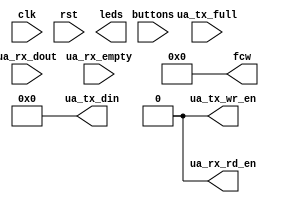
module fixed_length_piano #(
    parameter CYCLES_PER_SECOND = 125_000_000
) (
    input clk,
    input rst,

    input [2:0] buttons,
    output [5:0] leds,

    output [7:0] ua_tx_din,
    output ua_tx_wr_en,
    input ua_tx_full,

    input [7:0] ua_rx_dout,
    input ua_rx_empty,
    output ua_rx_rd_en,

    output [23:0] fcw
);
    assign fcw = 'd0;
    assign ua_tx_din = 0;
    assign ua_tx_wr_en = 0;
    assign ua_rx_rd_en = 0;
endmodule